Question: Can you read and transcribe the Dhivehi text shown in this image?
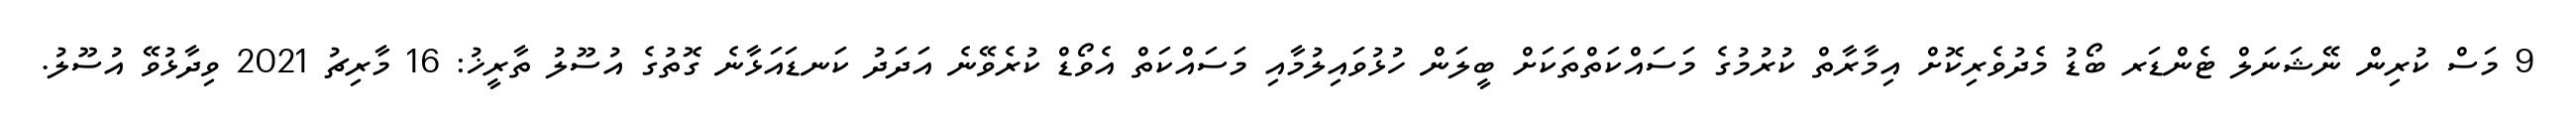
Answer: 9 މަސް ކުރިން ނޭޝަނަލް ޓެންޑަރ ބޯޑު މެދުވެރިކޮށް އިމާރާތް ކުރުމުގެ މަސައްކަތްތަކަށް ބީލަން ހުޅުވައިލުމާއި މަސައްކަތް އެވޯޑް ކުރެވޭނެ އަދަދު ކަނޑައަޅާނެ ގޮތުގެ އުސޫލު ތާރީޚު: 16 މާރިޗު 2021 ވިދާޅުވޭ އުސޫލު.